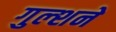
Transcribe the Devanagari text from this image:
गुल्शने